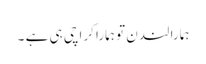
ہمارا لندن تو ہمارا کراچی ہی ہے ۔